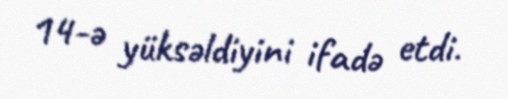
14-ə yüksəldiyini ifadə etdi.